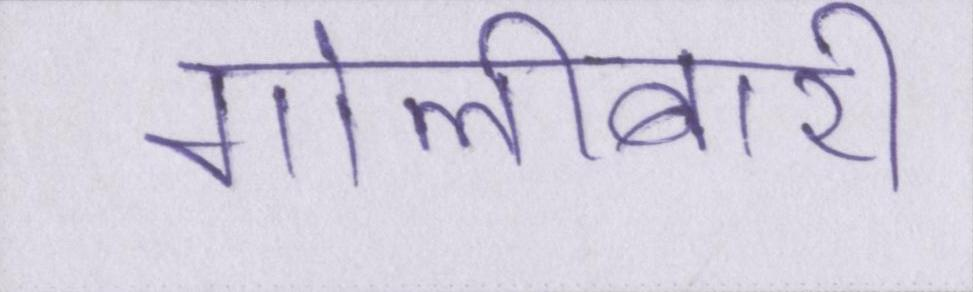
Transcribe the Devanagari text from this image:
गोलीबारी